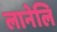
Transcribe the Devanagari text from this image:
लानेलि